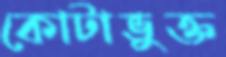
কোটাভুক্ত